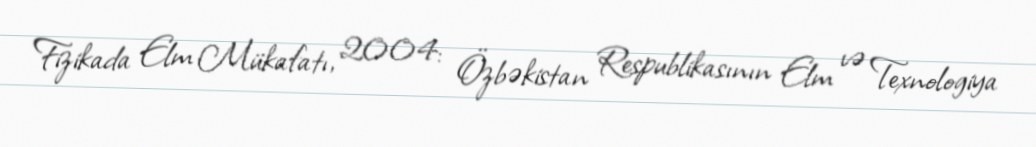
Fizikada Elm Mükafatı, 2004: Özbəkistan Respublikasının Elm və Texnologiya